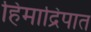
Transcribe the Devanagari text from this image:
हिमाद्रिपात